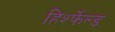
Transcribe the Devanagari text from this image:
हिर्श्फेल्ड